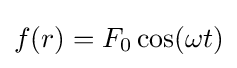
f(r)=F_{0}\cos(\omega t)